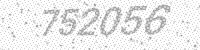
Solution: 752056